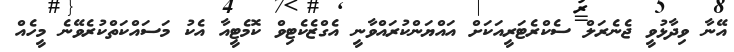
އޭނާ ވިދާޅުވީ ޖެނެރަލް ސެކްރެޓަރީއަކަށް އައްޔަންކުރައްވާނީ އެގްޒެކެޓިވް ކޮމެޓީއާ އެކު މަސައްކަތްކުރެވޭނެ މީހެއް